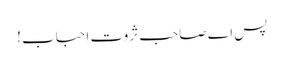
پس اے صاحب ثروت احباب !